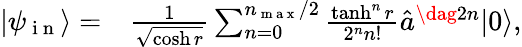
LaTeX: \begin{array}{rl}{\vert\psi_{\mathrm{~i~n~}}\rangle=}&{{}\frac{1}{\sqrt{\cosh{r}}}\sum_{n=0}^{n_{\mathrm{~m~a~x~}}/2}\frac{\operatorname{tanh}^{n}{r}}{2^{n}n!}\hat{a}^{\dag 2n}\vert 0\rangle,}\end{array}